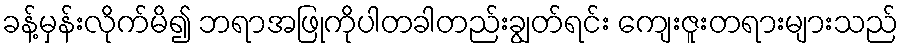
ခန့်မှန်းလိုက်မိ၍ ဘရာအဖြုကိုပါတခါတည်းချွတ်ရင်း ကျေးဇူးတရားများသည်